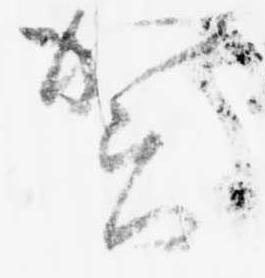
賀